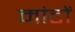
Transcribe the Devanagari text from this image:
मांटों